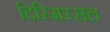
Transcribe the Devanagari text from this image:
दिस्मिस्सल